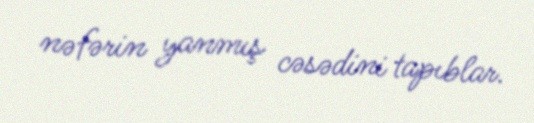
nəfərin yanmış cəsədini tapıblar.